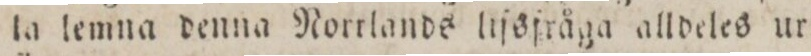
la lemna denna Norrlands liſsfråga alldeles ur